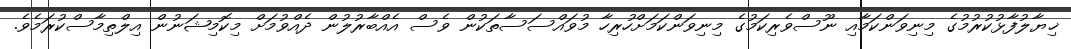
ޚިޔާލުފާޅުކުރުމުގެ މިނިވަންކަމާއި ނޫސްވެރިކަމުގެ މިނިވަންކަމަށްހުރިހާ މުވައްސަސާތަކުން ވެސް އެއްބާރުލުން ދެއްވުމަށް މިކޮމިޝަނުން އިލްތިމާސްކުރަމެވެ.